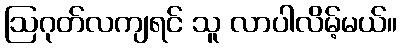
ဩဂုတ်လကျရင် သူ လာပါလိမ့်မယ်။